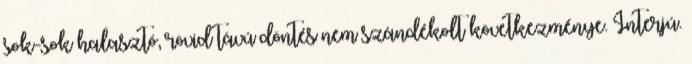
sok-sok halasztó, rövid távú döntés nem szándékolt következménye. Interjú.